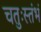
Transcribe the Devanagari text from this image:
चतुःस्तंभं